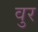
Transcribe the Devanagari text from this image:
वुर